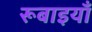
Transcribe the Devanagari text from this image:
रूबाइयाँ